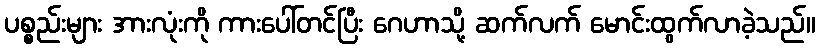
ပစ္စည်းများ အားလုံးကို ကားပေါ်တင်ပြီး ဂေဟာသို့ ဆက်လက် မောင်းထွက်လာခဲ့သည်။